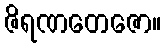
ဇိရဏတေဇော။